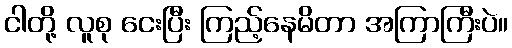
ငါတို့ လူစု ငေးပြီး ကြည့်နေမိတာ အကြာကြီးပဲ။